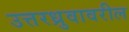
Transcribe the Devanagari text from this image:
उत्तरध्रुवावरील